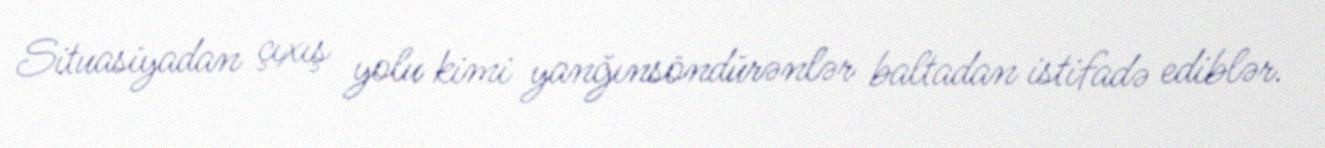
Situasiyadan çıxış yolu kimi yanğınsöndürənlər baltadan istifadə ediblər.